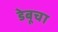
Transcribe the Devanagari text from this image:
डेबूचा